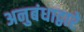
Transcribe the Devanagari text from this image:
अनुबंधाद्वारे